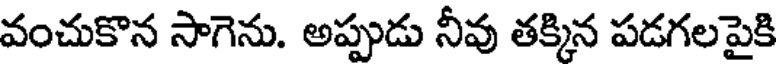
వంచుకొన సాగెను. అప్పుడు నీవు తక్కిన పడగలపైకి